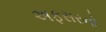
અફસરનો